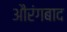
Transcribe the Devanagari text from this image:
औरंगबाद